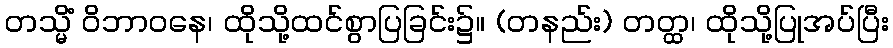
တသ္မိံ ဝိဘာဝနေ၊ ထိုသို့ထင်စွာပြခြင်း၌။ (တနည်း) တတ္ထ၊ ထိုသို့ပြုအပ်ပြီး